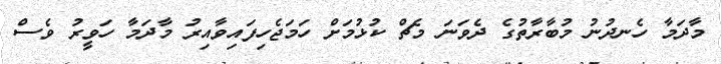
މާދަމާ ހެނދުނު މުބާރާތުގެ ދެވަނަ މެޗް ކުޅުމަށް ހަމަޖެހިފައިވާއިރު މާދަމާ ހަވީރު ވެސް